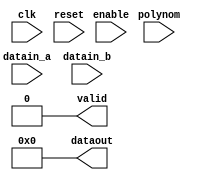
`timescale 1ns / 1ps
//////////////////////////////////////////////////////////////////////////////////
// Company: 
// Engineer: 
// 
// Design Name: 
// Module Name:    modmul 
// Project Name: 
// Target Devices: 
// Tool versions: 
// Description: 
//
// Dependencies: 
//
// Revision: 
// Revision 0.01 - File Created
// Additional Comments: 
//
//////////////////////////////////////////////////////////////////////////////////
module modmul(
    input 			wire clk,
    input 			wire reset,
    input 			wire[11:0] polynom,
    input 			wire[10:0] datain_a,
    input  			wire[10:0] datain_b,
    input 			wire enable,
    output 			wire[10:0]dataout,
    output 			wire valid
    );

	reg[3:0]		counter;
	reg[21:0] 	dataoutReg;
	reg[10:0]	datain_aReg;
	reg[21:0]	datain_bReg;
	reg[21:0]	polynomReg;
	reg			validReg;
	
	
	
	assign dataout = dataoutReg[10:0];
	assign valid = validReg;
	
	initial begin
		counter		<= 0;
		dataoutReg <= 0;
		validReg 	<= 0;
	end

	//reset
	always@(posedge reset)
	begin
		counter		<= 0;
		dataoutReg 	<= 0;
		validReg 	<= 0;
	end


	//clk
	always@(posedge clk)
	begin
		if(enable == 1 && counter == 0)
		begin
			datain_aReg = datain_a; 	
			datain_bReg = datain_b;		
			polynomReg	= polynom;
		end 
		
		//enable und counter < 12 (datain_a bzw datain_b -> 11bit)
		if(enable == 1 && counter < 4'b1100)
		begin
			
			//multiplikation aufgeteilt in additionen
			if(datain_aReg[0] == 1)
			begin
				dataoutReg <= dataoutReg ^ datain_bReg;	
			end			
			//nchster schritt
			datain_aReg <= datain_aReg >> 1;
			datain_bReg <= datain_bReg << 1;
		
			counter <= counter + 1;
		
		end
		
		//modulo rechnung
		if(counter == 4'b1100) //counter == 12
		begin
			if(dataoutReg > polynomReg)
			begin
				polynomReg <= polynomReg << 1;
			end else
			begin
				if( polynomReg >= dataoutReg)	polynomReg = polynomReg >> 1;
	
				counter = counter + 1;				
			end
		end
		
		if(counter == 4'b1101) //counter = 13
		begin
			dataoutReg = dataoutReg ^ polynomReg;
			validReg <= 1;
		end
	end





endmodule